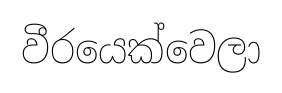
වීරයෙක්වෙලා